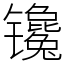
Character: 镵